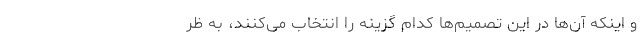
و اینکه آن‌ها در این تصمیم‌ها کدام گزینه را انتخاب می‌کنند، به ظر